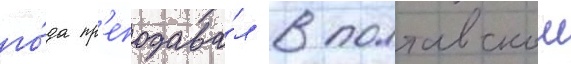
го́да пр'еподава́л в полтавскои